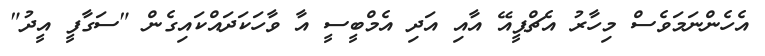
އެހެންނަމަވެސް މިހާރު އެޗްޕީއޭ އާއި އަދި އެމްބީސީ އާ ވާހަކަދައްކައިގެން "ސަގާފީ އީދު"